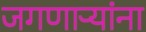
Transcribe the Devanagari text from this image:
जगणाऱ्यांना